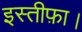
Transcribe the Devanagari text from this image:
इस्तीफ़ा।